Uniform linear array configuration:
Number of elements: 12
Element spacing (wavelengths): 0.5
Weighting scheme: cosine
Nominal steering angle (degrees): -15
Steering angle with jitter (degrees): -15.389
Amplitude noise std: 0.05
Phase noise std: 0.05

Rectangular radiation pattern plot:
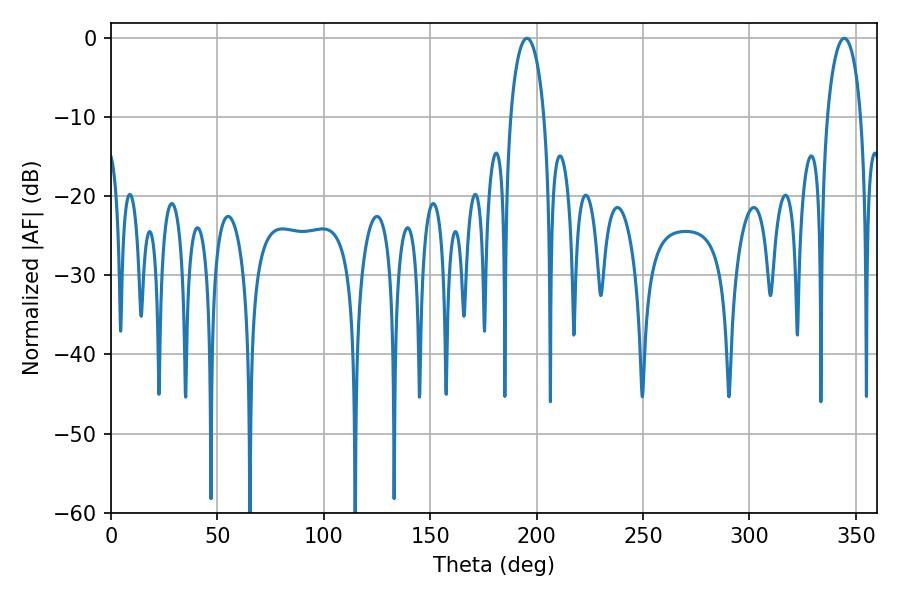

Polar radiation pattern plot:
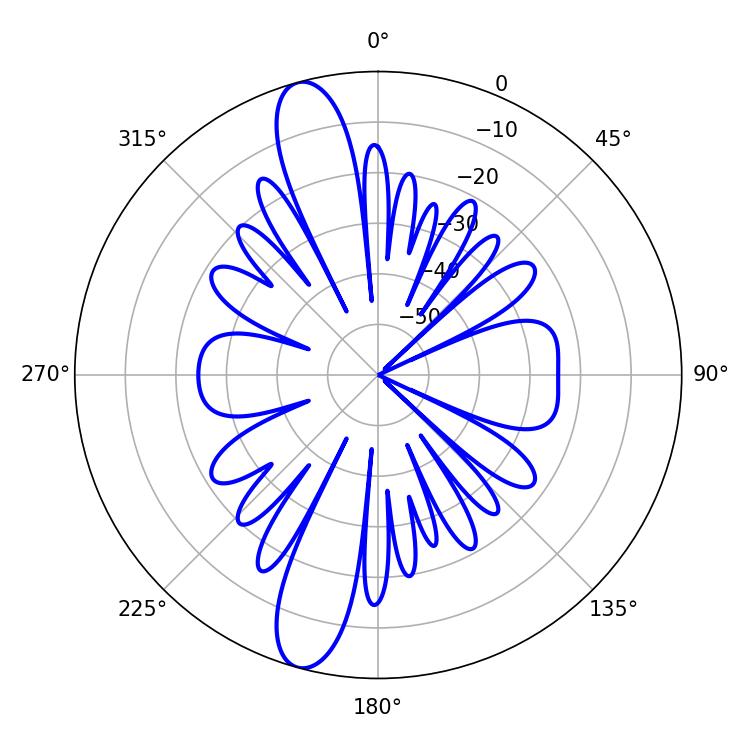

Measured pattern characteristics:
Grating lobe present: FALSE
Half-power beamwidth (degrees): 9
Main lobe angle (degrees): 195.48